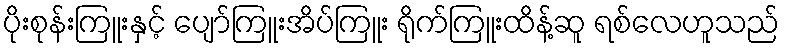
ပိုးစုန်းကြူးနှင့် ပျော်ကြူးအိပ်ကြူး ရိုက်ကြူးထိန့်ဆူ ရစ်လေဟူသည်